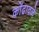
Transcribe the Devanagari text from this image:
कोंढावळे